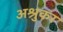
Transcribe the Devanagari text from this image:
अश्रुकर